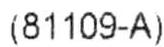
(81109-A)